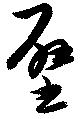
壁